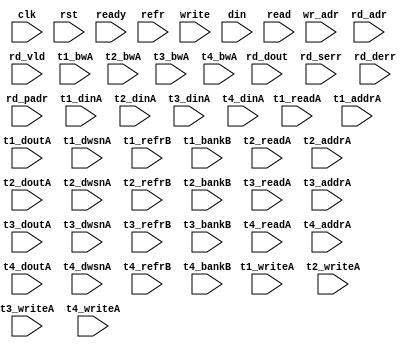
/*
 * Copyright (C) 2011 Memoir Systems Inc. These coded instructions, statements, and computer programs are
 * Confidential Proprietary Information of Memoir Systems Inc. and may not be disclosed to third parties
 * or copied in any form, in whole or in part, without the prior written consent of Memoir Systems Inc.
 * 
 * */

module algo_4ror1w_a294_sva_wrap
#(parameter IP_WIDTH = 32, parameter IP_BITWIDTH = 5, parameter IP_DECCBITS = 7, parameter IP_NUMADDR = 8192, parameter IP_BITADDR = 13, 
parameter IP_NUMVBNK = 8,	parameter IP_BITVBNK = 3, parameter IP_BITPBNK = 4,
parameter IP_ENAECC = 0, parameter IP_ENAPAR = 0, parameter IP_SECCBITS = 4, parameter IP_SECCDWIDTH = 4, 
parameter FLOPECC = 0, parameter FLOPIN = 0, parameter FLOPOUT = 0, parameter FLOPCMD = 0, parameter FLOPMEM = 0,
parameter IP_REFRESH = 1, parameter IP_REFFREQ = 6,  parameter IP_REFFRHF = 0,

parameter T1_WIDTH = 64, parameter T1_NUMVBNK = 2, parameter T1_BITVBNK = 1, parameter T1_DELAY = 2, parameter T1_NUMVROW = 16384, parameter T1_BITVROW = 14,
parameter T1_BITWSPF = 0, parameter T1_NUMWRDS = 1, parameter T1_BITWRDS = 1, parameter T1_NUMSROW = 16384, parameter T1_BITSROW = 14, parameter T1_PHYWDTH = 72,
parameter T2_WIDTH = 64, parameter T2_NUMVBNK = 1, parameter T2_BITVBNK = 1, parameter T2_DELAY = 2, parameter T2_NUMVROW = 16384, parameter T2_BITVROW = 14,
parameter T2_BITWSPF = 0, parameter T2_NUMWRDS = 1, parameter T2_BITWRDS = 1, parameter T2_NUMSROW = 16384, parameter T2_BITSROW = 14, parameter T2_PHYWDTH = 72,

parameter T1_IP_WIDTH = 64, parameter T1_IP_BITWIDTH = 6, parameter T1_IP_DECCBITS = 8,  parameter T1_IP_NUMADDR = 16384, parameter T1_IP_BITADDR = 14, parameter T1_IP_NUMVBNK = 2, parameter T1_IP_BITVBNK = 1, parameter T1_IP_ENAECC = 1, parameter T1_IP_ENAPAR = 0, parameter T1_FLOPECC = 1,
parameter T1_IP_SECCBITS = 4, parameter T1_IP_SECCDWIDTH = 2, parameter T1_FLOPIN = 0, parameter T1_FLOPOUT = 0, parameter T1_FLOPMEM = 0,
parameter T1_IP_REFRESH = 1, parameter T1_IP_REFFREQ = 24, parameter T1_IP_REFFRHF = 1, parameter T1_IP_BITPBNK = 2,

parameter T1_T1_WIDTH = 39, parameter T1_T1_NUMVBNK = 2, parameter T1_T1_BITVBNK = 1, parameter T1_T1_DELAY = 2, parameter T1_T1_NUMVROW = 8192, parameter T1_T1_BITVROW = 13,
parameter T1_T1_BITWSPF = 0, parameter T1_T1_NUMWRDS = 1, parameter T1_T1_BITWRDS = 1, parameter T1_T1_NUMSROW = 8192, parameter T1_T1_BITSROW = 13, parameter T1_T1_PHYWDTH = 39,
parameter T1_T1_NUMRBNK = 2, parameter T1_T1_BITRBNK = 1, parameter T1_T1_NUMRROW = 256, parameter T1_T1_BITRROW = 8, parameter T1_T1_NUMPROW = 8192, parameter T1_T1_BITPROW = 13,
parameter T1_T1_BITDWSN = 8, 
parameter T1_T1_NUMDWS0 = 0, parameter T1_T1_NUMDWS1 = 0, parameter T1_T1_NUMDWS2 = 0, parameter T1_T1_NUMDWS3 = 0,
parameter T1_T1_NUMDWS4 = 0, parameter T1_T1_NUMDWS5 = 0, parameter T1_T1_NUMDWS6 = 0, parameter T1_T1_NUMDWS7 = 0,
parameter T1_T1_NUMDWS8 = 0, parameter T1_T1_NUMDWS9 = 0, parameter T1_T1_NUMDWS10 = 0, parameter T1_T1_NUMDWS11 = 0,
parameter T1_T1_NUMDWS12 = 0, parameter T1_T1_NUMDWS13 = 0, parameter T1_T1_NUMDWS14 = 0, parameter T1_T1_NUMDWS15 = 0,

parameter T1_T2_WIDTH = 65, parameter T1_T2_NUMVBNK = 1, parameter T1_T2_BITVBNK = 1, parameter T1_T2_DELAY = 2, parameter T1_T2_NUMVROW = 8192, parameter T1_T2_BITVROW = 13,
parameter T1_T2_BITWSPF = 0, parameter T1_T2_NUMWRDS = 1, parameter T1_T2_BITWRDS = 1, parameter T1_T2_NUMSROW = 8192, parameter T1_T2_BITSROW = 13, parameter T1_T2_PHYWDTH = 72,
parameter T1_T2_NUMRBNK = 2, parameter T1_T2_BITRBNK = 1, parameter T1_T2_NUMRROW = 256, parameter T1_T2_BITRROW = 8, parameter T1_T2_NUMPROW = 8192, parameter T1_T2_BITPROW = 13,
//Not Declaring T1_T2 DWSN

parameter T2_IP_WIDTH = 64, parameter T2_IP_BITWIDTH = 6, parameter T2_IP_DECCBITS = 8, parameter T2_IP_NUMADDR = 16384, parameter T2_IP_BITADDR = 14, parameter T2_IP_NUMVBNK = 2, parameter T2_IP_BITVBNK = 1,
parameter T2_IP_SECCBITS = 4, parameter T2_IP_SECCDWIDTH = 2, parameter T2_FLOPIN = 0, parameter T2_FLOPOUT = 0, parameter T2_FLOPMEM = 0,
parameter T2_IP_ENAPAR = 0, parameter T2_IP_ENAECC = 0, parameter T2_FLOPECC = 0,
parameter T2_IP_REFRESH = 1, parameter T2_IP_REFFREQ = 24, parameter T2_IP_REFFRHF = 1, parameter T2_IP_BITPBNK = 2,

parameter T2_T1_WIDTH = 65, parameter T2_T1_NUMVBNK = 2, parameter T2_T1_BITVBNK = 1, parameter T2_T1_DELAY = 2, parameter T2_T1_NUMVROW = 8192, parameter T2_T1_BITVROW = 13,
parameter T2_T1_BITWSPF = 0, parameter T2_T1_NUMWRDS = 1, parameter T2_T1_BITWRDS = 1, parameter T2_T1_NUMSROW = 8192, parameter T2_T1_BITSROW = 13, parameter T2_T1_PHYWDTH = 72,
parameter T2_T1_NUMRBNK = 2, parameter T2_T1_BITRBNK = 1, parameter T2_T1_NUMRROW = 256, parameter T2_T1_BITRROW = 8, parameter T2_T1_NUMPROW = 8192, parameter T2_T1_BITPROW = 13,
//Not Declaring T2_T1 DWSN

parameter T2_T2_WIDTH = 65, parameter T2_T2_NUMVBNK = 1, parameter T2_T2_BITVBNK = 1, parameter T2_T2_DELAY = 2, parameter T2_T2_NUMVROW = 8192, parameter T2_T2_BITVROW = 13,
parameter T2_T2_BITWSPF = 0, parameter T2_T2_NUMWRDS = 1, parameter T2_T2_BITWRDS = 1, parameter T2_T2_NUMSROW = 8192, parameter T2_T2_BITSROW = 13, parameter T2_T2_PHYWDTH = 72,
parameter T2_T2_NUMRBNK = 2, parameter T2_T2_BITRBNK = 1, parameter T2_T2_NUMRROW = 256, parameter T2_T2_BITRROW = 8, parameter T2_T2_NUMPROW = 8192, parameter T2_T2_BITPROW = 13
//Not Declaring T2_T2 DWSN
)
( clk,  rst,  ready,  refr,
 write,  wr_adr,  din,
 read,  rd_adr,  rd_dout,  rd_vld,  rd_serr,  rd_derr,  rd_padr,
 t1_readA,  t1_writeA,  t1_addrA,  t1_dinA,  t1_bwA,  t1_doutA,  t1_dwsnA,
 t1_refrB,  t1_bankB,
 t2_readA,  t2_writeA,  t2_addrA,  t2_dinA,  t2_bwA,  t2_doutA,  t2_dwsnA,
 t2_refrB,  t2_bankB,
 t3_readA,  t3_writeA,  t3_addrA,  t3_dinA,  t3_bwA,  t3_doutA,  t3_dwsnA,
 t3_refrB,  t3_bankB,
 t4_readA,  t4_writeA,  t4_addrA,  t4_dinA,  t4_bwA,  t4_doutA,  t4_dwsnA,
 t4_refrB,  t4_bankB);
 
 
  parameter WIDTH = IP_WIDTH;
  parameter BITWDTH = IP_BITWIDTH;
  parameter ECCWDTH = IP_DECCBITS;
  parameter ENAPAR = 0;
  parameter ENAECC = 1;
  parameter MEMWDTH = WIDTH+ECCWDTH;
  parameter NUMADDR = IP_NUMADDR;
  parameter BITADDR = IP_BITADDR;
  parameter NUMVROW1 = T1_NUMVROW;
  parameter BITVROW1 = T1_BITVROW;
  parameter NUMVBNK1 = IP_NUMVBNK;
  parameter BITVBNK1 = IP_BITVBNK;
  parameter BITPBNK1 = IP_BITPBNK;
  parameter FLOPIN1 = FLOPIN;
  parameter FLOPOUT1 = FLOPOUT;
  parameter NUMVROW2 = T1_T1_NUMVROW;
  parameter BITVROW2 = T1_T1_BITVROW;
  parameter NUMVBNK2 = T1_IP_NUMVBNK;
  parameter BITVBNK2 = T1_IP_BITVBNK;
  parameter BITPBNK2 = T1_IP_BITPBNK;
  parameter FLOPIN2 = 0;
  parameter FLOPOUT2 = 0;
  parameter NUMWRDS2 = T1_T1_NUMWRDS;      // ALIGN Parameters
  parameter BITWRDS2 = T1_T1_BITWRDS;
  parameter NUMSROW2 = T1_T1_NUMSROW;
  parameter BITSROW2 = T1_T1_BITSROW;
  parameter PHYWDTH2 = T1_T1_PHYWDTH;
  parameter REFRESH = IP_REFRESH;      // REFRESH Parameters 
  parameter NUMRBNK = T1_T1_NUMRBNK;
  parameter BITWSPF = T1_T1_BITWSPF;
  parameter BITRBNK = T1_T1_BITRBNK;
  parameter REFLOPW = 0;
  parameter NUMRROW = T1_T1_NUMRROW;
  parameter BITRROW = T1_T1_BITRROW;
  parameter REFFREQ = IP_REFFREQ;
  parameter REFFRHF = IP_REFFRHF;
  
  parameter BITDWSN = T1_T1_BITDWSN;		//DWSN Parameters
  parameter NUMDWS0 = T1_T1_NUMDWS0;
  parameter NUMDWS1 = T1_T1_NUMDWS1;
  parameter NUMDWS2 = T1_T1_NUMDWS2;
  parameter NUMDWS3 = T1_T1_NUMDWS3;
  parameter NUMDWS4 = T1_T1_NUMDWS4;
  parameter NUMDWS5 = T1_T1_NUMDWS5;
  parameter NUMDWS6 = T1_T1_NUMDWS6;
  parameter NUMDWS7 = T1_T1_NUMDWS7;
  parameter NUMDWS8 = T1_T1_NUMDWS8;
  parameter NUMDWS9 = T1_T1_NUMDWS9;
  parameter NUMDWS10 = T1_T1_NUMDWS10;
  parameter NUMDWS11 = T1_T1_NUMDWS11;
  parameter NUMDWS12 = T1_T1_NUMDWS12;
  parameter NUMDWS13 = T1_T1_NUMDWS13;
  parameter NUMDWS14 = T1_T1_NUMDWS14;
  parameter NUMDWS15 = T1_T1_NUMDWS15;
  
  parameter SRAM_DELAY = T1_T1_DELAY;

  parameter BITPADR2 = BITPBNK2+BITSROW2+BITWRDS2;
  parameter BITPADR1 = BITPBNK1+BITPADR2+1;

  input                                refr;

  input                                write;
  input [BITADDR-1:0]                  wr_adr;
  input [WIDTH-1:0]                    din;

  input [4-1:0]                        read;
  input [4*BITADDR-1:0]                rd_adr;
  input [4-1:0]                       rd_vld;
  input [4*WIDTH-1:0]                 rd_dout;
  input [4-1:0]                       rd_serr;
  input [4-1:0]                       rd_derr;
  input [4*BITPADR1-1:0]              rd_padr;

  input                               ready;
  input                                clk, rst;

  input [NUMVBNK1*NUMVBNK2-1:0] t1_readA;
  input [NUMVBNK1*NUMVBNK2-1:0] t1_writeA;
  input [NUMVBNK1*NUMVBNK2*BITSROW2-1:0] t1_addrA;
  input [NUMVBNK1*NUMVBNK2*BITDWSN-1:0] t1_dwsnA;
  input [NUMVBNK1*NUMVBNK2*PHYWDTH2-1:0] t1_bwA;
  input [NUMVBNK1*NUMVBNK2*PHYWDTH2-1:0] t1_dinA;
  input [NUMVBNK1*NUMVBNK2*PHYWDTH2-1:0] t1_doutA;
  input [NUMVBNK1*NUMVBNK2-1:0] t1_refrB;
  input [NUMVBNK1*NUMVBNK2*BITRBNK-1:0] t1_bankB;

  input [NUMVBNK1-1:0] t2_readA;
  input [NUMVBNK1-1:0] t2_writeA;
  input [NUMVBNK1*BITSROW2-1:0] t2_addrA;
  input [NUMVBNK1*BITDWSN-1:0] t2_dwsnA;
  input [NUMVBNK1*PHYWDTH2-1:0] t2_bwA;
  input [NUMVBNK1*PHYWDTH2-1:0] t2_dinA;
  input [NUMVBNK1*PHYWDTH2-1:0] t2_doutA;
  input [NUMVBNK1-1:0] t2_refrB;
  input [NUMVBNK1*BITRBNK-1:0] t2_bankB;

  input [NUMVBNK2-1:0] t3_readA;
  input [NUMVBNK2-1:0] t3_writeA;
  input [NUMVBNK2*BITSROW2-1:0] t3_addrA;
  input [NUMVBNK2*BITDWSN-1:0] t3_dwsnA;
  input [NUMVBNK2*PHYWDTH2-1:0] t3_bwA;
  input [NUMVBNK2*PHYWDTH2-1:0] t3_dinA;
  input [NUMVBNK2*PHYWDTH2-1:0] t3_doutA;
  input [NUMVBNK2-1:0] t3_refrB;
  input [NUMVBNK2*BITRBNK-1:0] t3_bankB;

  input [1-1:0] t4_readA;
  input [1-1:0] t4_writeA;
  input [1*BITSROW2-1:0] t4_addrA;
  input [1*BITDWSN-1:0] t4_dwsnA;
  input [1*PHYWDTH2-1:0] t4_bwA;
  input [1*PHYWDTH2-1:0] t4_dinA;
  input [1*PHYWDTH2-1:0] t4_doutA;
  input [1-1:0] t4_refrB;
  input [1*BITRBNK-1:0] t4_bankB;
  
endmodule